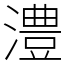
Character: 澧